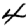
Digit: 4